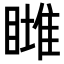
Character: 𥊖